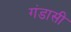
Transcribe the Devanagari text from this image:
गंडासी